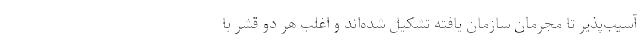
آسیب‌پذیر تا مجرمان سازمان یافته تشکیل شده‌اند و اغلب هر دو قشر با